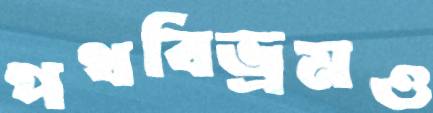
পথবিভ্রমও